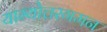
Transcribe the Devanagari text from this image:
याम्योत्तरगमन